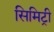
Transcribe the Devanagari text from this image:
सिमिट्री